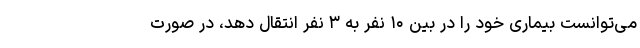
می‌توانست بیماری خود را در بین ۱۰ نفر به ۳ نفر انتقال دهد، در صورت